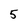
Character: 5